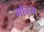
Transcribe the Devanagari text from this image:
मौनम्‌